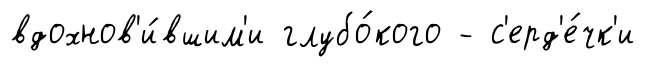
вдохнов'и́вшим'и глубо́кого - с'ерд'е́чк'и